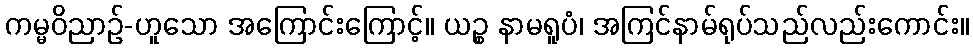
ကမ္မဝိညာဉ်-ဟူသော အကြောင်းကြောင့်။ ယဉ္စ နာမရူပံ၊ အကြင်နာမ်ရုပ်သည်လည်းကောင်း။